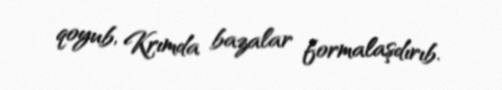
qoyub, Krımda bazalar formalaşdırıb.